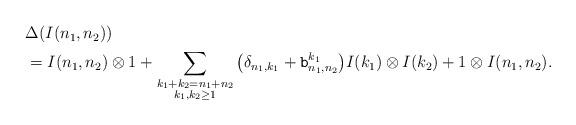
LaTeX: \begin{align*} \begin{aligned}& \Delta(I(n_1,n_2)) \\ &= I(n_1,n_2)\otimes 1+\sum_{\substack{k_1+k_2=n_1+n_2\\k_1,k_2\ge1}} \big( \delta_{n_1,k_1} + {\tt b}_{n_1,n_2}^{k_1} \big) I(k_1)\otimes I(k_2) + 1\otimes I(n_1,n_2). \end{aligned}\end{align*}